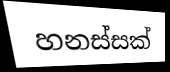
හනස්සක්